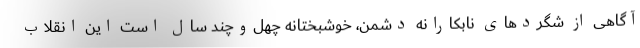
آگاهی از شگردهای نابکارانه دشمن، خوشبختانه چهل‌وچند سال است این انقلاب